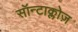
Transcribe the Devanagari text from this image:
सॉन्टाक्लोज़